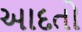
આદતો